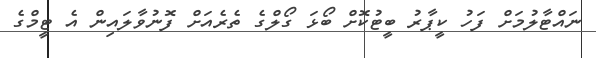
ނައްޓާލުމަށް ފަހު ކީޕާރު ބީޓުކޮށް ބޯޅަ ގޯލްގެ ތެރެއަށް ފޮނުވާލައިން އެ ޓީމްގެ